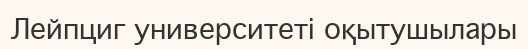
Лейпциг университеті оқытушылары